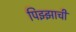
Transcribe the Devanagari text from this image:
पिझ्झाची